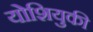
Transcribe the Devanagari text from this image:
योशियुकी